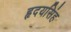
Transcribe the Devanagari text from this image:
हृदयसिंह